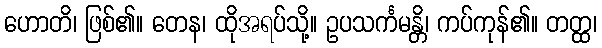
ဟောတိ၊ ဖြစ်၏။ တေန၊ ထိုအရပ်သို့။ ဥပသင်္ကမန္တိ၊ ကပ်ကုန်၏။ တတ္ထ၊